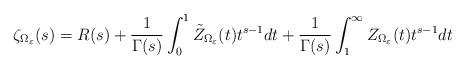
LaTeX: \begin{align*} \zeta_{\Omega_\varepsilon} (s)= R(s)+{1\over \Gamma(s)} \int_{0}^{1} \tilde Z_{\Omega_\varepsilon}(t) t^{s-1}dt + {1\over \Gamma(s)} \int_{1}^{\infty} Z_{\Omega_\varepsilon}(t) t^{s-1}dt\end{align*}